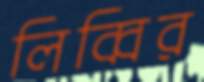
লিব্বির